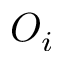
O _ { i }